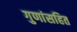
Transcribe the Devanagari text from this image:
गुणांसहित